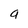
Character: a